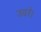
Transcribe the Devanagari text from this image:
उदरे।